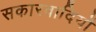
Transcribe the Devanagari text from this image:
सकारवादियों